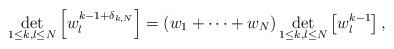
\begin{align*}\det_{1\leq k,l\leq N}\left[w_l^{k-1+\delta_{k,N}}\right]=(w_1+\dots+w_N)\det_{1\leq k,l\leq N}\left[w_l^{k-1}\right],\end{align*}